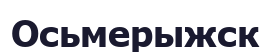
Осьмерыжск